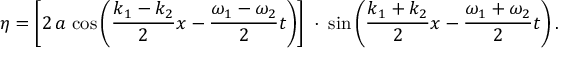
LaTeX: \eta = \left[ 2 \, a \, \cos \left( { \frac { k _ { 1 } - k _ { 2 } } { 2 } } x - { \frac { \omega _ { 1 } - \omega _ { 2 } } { 2 } } t \right) \right] \; \cdot \; \sin \left( { \frac { k _ { 1 } + k _ { 2 } } { 2 } } x - { \frac { \omega _ { 1 } + \omega _ { 2 } } { 2 } } t \right) .